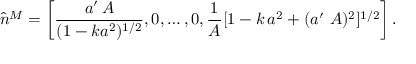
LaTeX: \hat { n } ^ { M } = \left[ \frac { a ^ { \prime } \, A } { ( 1 - k a ^ { 2 } ) ^ { 1 / 2 } } , 0 , \dots , 0 , \frac { 1 } { A } [ 1 - k \, a ^ { 2 } + ( a ^ { \prime } \, \, A ) ^ { 2 } ] ^ { 1 / 2 } \right] .